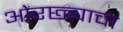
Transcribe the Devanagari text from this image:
ओरछ्याचा